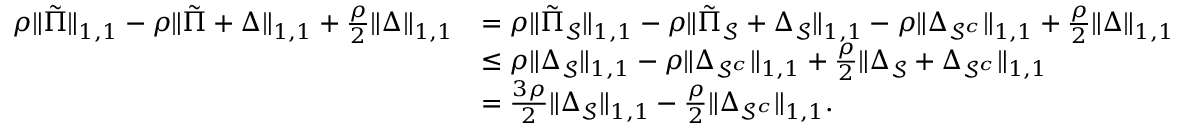
\begin{array} { r l } { \rho \| \tilde { \boldsymbol { \Pi } } \| _ { 1 , 1 } - \rho \| \tilde { \boldsymbol { \Pi } } + \boldsymbol { \Delta } \| _ { 1 , 1 } + \frac { \rho } { 2 } \| \boldsymbol { \Delta } \| _ { 1 , 1 } } & { = \rho \| \tilde { \boldsymbol { \Pi } } _ { \mathcal { S } } \| _ { 1 , 1 } - \rho \| \tilde { \boldsymbol { \Pi } } _ { \mathcal { S } } + \boldsymbol { \Delta } _ { \mathcal { S } } \| _ { 1 , 1 } - \rho \| \boldsymbol { \Delta } _ { \mathcal { S } ^ { c } } \| _ { 1 , 1 } + \frac { \rho } { 2 } \| \boldsymbol { \Delta } \| _ { 1 , 1 } } \\ & { \leq \rho \| \boldsymbol { \Delta } _ { \mathcal { S } } \| _ { 1 , 1 } - \rho \| \boldsymbol { \Delta } _ { \mathcal { S } ^ { c } } \| _ { 1 , 1 } + \frac { \rho } { 2 } \| \boldsymbol { \Delta } _ { \mathcal { S } } + \boldsymbol { \Delta } _ { \mathcal { S } ^ { c } } \| _ { 1 , 1 } } \\ & { = \frac { 3 \rho } { 2 } \| \boldsymbol { \Delta } _ { \mathcal { S } } \| _ { 1 , 1 } - \frac { \rho } { 2 } \| \boldsymbol { \Delta } _ { \mathcal { S } ^ { c } } \| _ { 1 , 1 } . } \end{array}